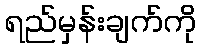
ရည်မှန်းချက်ကို